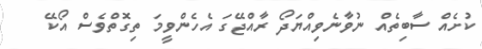
ކުށެއް ސާބިތެއް ނުވާނެވިއްޔަދޯ ރާއްޖޭގަ އެހެންވީމަ ތިގޮތްވެސް އޯކޭ